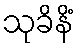
သုခိနိံ